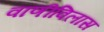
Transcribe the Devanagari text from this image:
वाणीविलास